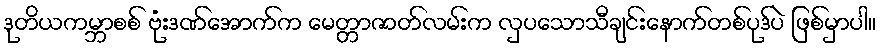
ဒုတိယကမ္ဘာစစ် ဗုံးဒဏ်အောက်က မေတ္တာဇာတ်လမ်းက လှပသောသီချင်းနောက်တစ်ပုဒ်ပဲ ဖြစ်မှာပါ။